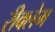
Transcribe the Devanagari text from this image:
रीक्लेम